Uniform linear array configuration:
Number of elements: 48
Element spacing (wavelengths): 0.5
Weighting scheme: blackman
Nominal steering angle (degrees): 15
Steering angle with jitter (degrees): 16.722
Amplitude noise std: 0.05
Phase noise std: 0.05

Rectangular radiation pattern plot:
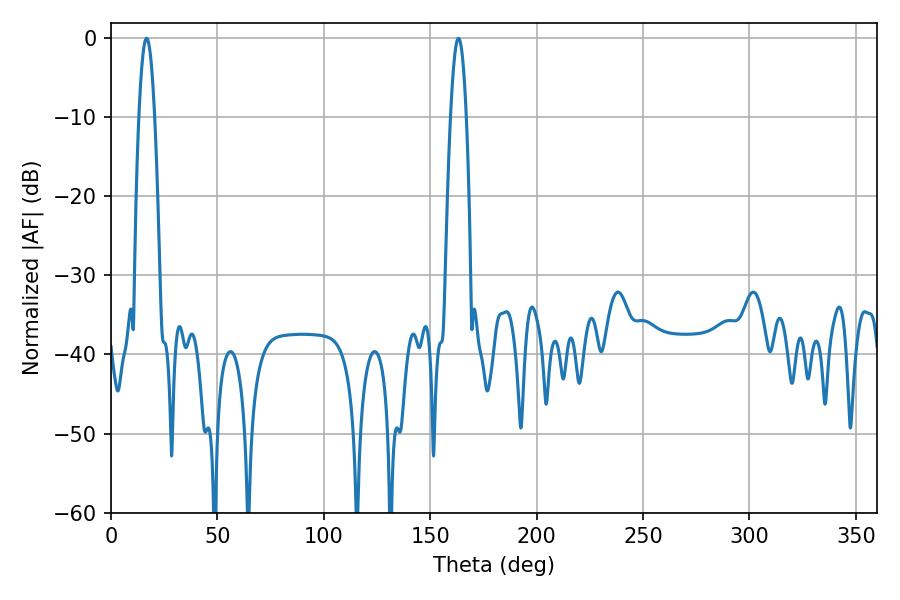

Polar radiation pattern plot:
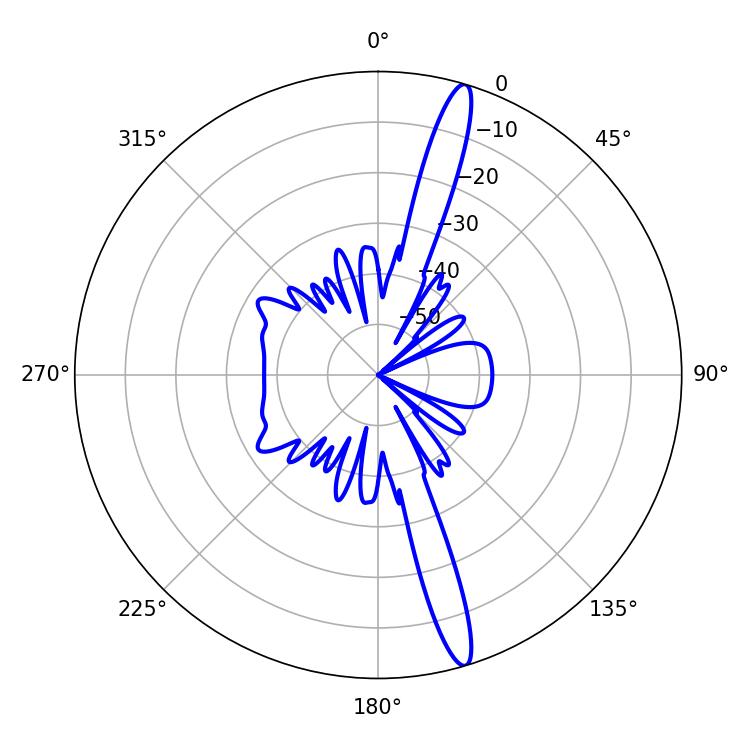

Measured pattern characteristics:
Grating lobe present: FALSE
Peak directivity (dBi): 16.565
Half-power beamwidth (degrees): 3.96
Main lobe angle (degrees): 16.74